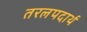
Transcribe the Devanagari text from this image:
तरलपदार्थ